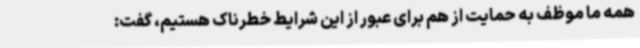
همه ما موظف به حمایت از هم برای عبور از این شرایط خطرناک هستیم، گفت: